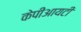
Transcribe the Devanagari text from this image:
केपीआयटी